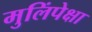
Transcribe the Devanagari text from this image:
मुलिंपेक्षा